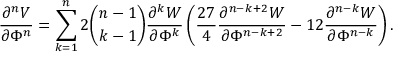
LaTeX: \frac { \partial ^ { n } V } { \partial \Phi ^ { n } } = \sum _ { k = 1 } ^ { n } 2 { \binom { n - 1 } { k - 1 } } \frac { \partial ^ { k } W } { \partial \Phi ^ { k } } \left( \frac { 2 7 } { 4 } \frac { \partial ^ { n - k + 2 } W } { \partial \Phi ^ { n - k + 2 } } - 1 2 \frac { \partial ^ { n - k } W } { \partial \Phi ^ { n - k } } \right) .